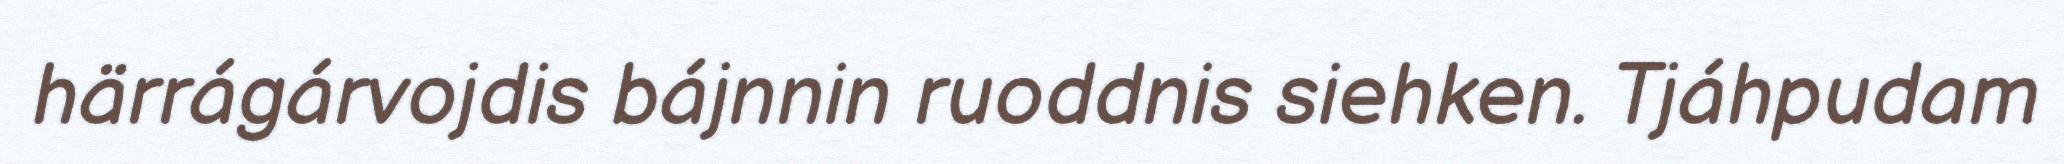
härrágárvojdis bájnnin ruoddnis siehken. Tjáhpudam